Annual administration report of the Civil Veterinary Department of India - 1894-1895
Year: 1894
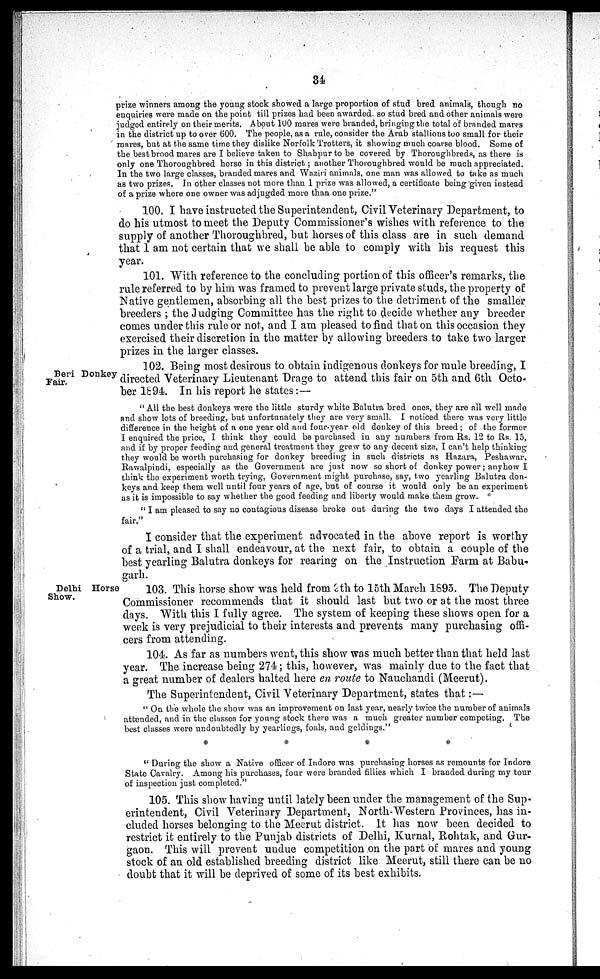
34
prize winners among the young stock showed a large proportion of stud bred animals, though no
enquiries were made on the point till prizes had been awarded. so stud bred and other animals were
judged entirely on their merits. About 100 mares were branded, bringing the total of branded mares
in the district up to over 600. The people, as a rule, consider the Arab stallions too small for their
mares, but at the same time they dislike Norfolk Trotters, it showing much coarse blood. Some of
the best brood mares are I believe taken to Shahpur to be covered by Thoroughbreds, as there is
only one Thoroughbred horse in this district; another Thoroughbred would be much appreciated.
In the two large classes, branded mares and Waziri animals, one man was allowed to take as much
as two prizes. In other classes not more than 1 prize was allowed, a certificate being given instead
of a prize where one owner was adjugded more than one prize."
100. I have instructed the Superintendent, Civil Veterinary Department, to
do his utmost to meet the Deputy Commissioner's wishes with reference to the
supply of another Thoroughbred, but horses of this class are in such demand
that I am not certain that we shall be able to comply with his request this
year.
101. With reference to the concluding portion of this officer's remarks, the
rule referred to by him was framed to prevent large private studs, the property of
Native gentlemen, absorbing all the best prizes to the detriment of the smaller
breeders ; the Judging Committee has the right to decide whether any breeder
comes under this rule or not, and I am pleased to find that on this occasion they
exercised their discretion in the matter by allowing breeders to take two larger
prizes in the larger classes.
Beri Donkey-
Fair.
102. Being most desirous to obtain indigenous donkeys for mule breeding, I
directed Veterinary Lieutenant Drage to attend this fair on 5th and 6th Octo-
ber 1894. In his report he states:—
"All the best donkeys were the little sturdy white Balutra bred ones, they are all well made
and show lots of breeding, but unfortunately they are very small. I noticed there was very little
difference in the height of a one year old and four-year old donkey of this breed ; of the former
I enquired the price, I think they could be purchased in any numbers from Rs. 12 to Rs. 15,
and if by proper feeding and general treatment they grew to any decent size, I can't help thinking
they would be worth purchasing for donkey breeding in such districts as Hazara, Peshawar,
Rawalpindi, especially as the Government are just now so short of donkey power; anyhow I
think the experiment worth trying, Government might purchase, say, two yearling Balutra don-
keys and keep them well until four years of age, but of course it would only be an experiment
as it is impossible to say whether the good feeding and liberty would make them grow.
" I am pleased to say no contagious disease broke out during the two days I attended the
fair."
I consider that the experiment advocated in the above report is worthy
of a trial, and I shall endeavour, at the next fair, to obtain a couple of the
best yearling Balutra donkeys for rearing on the Instruction Farm at Babu-
garh.
Delhi Horse
Show.
103. This horse show was held from 9th to 15th March 1895. The Deputy
Commissioner recommends that it should last but two or at the most three
days. With this I fully agree. The system of keeping these shows open for a
week is very prejudicial to their interests and prevents many purchasing offi-
cers from attending.
104. As far as numbers went, this show was much better than that held last
year. The increase being 274 ; this, however, was mainly due to the fact that
a great number of dealers halted here en route to Nauchandi (Meerut).
The Superintendent, Civil Veterinary Department, states that:—
" On the whole the show was an improvement on last year, nearly twice the number of animals
attended, and in the classes for young stock there was a much greater number competing. The
best classes were undoubtedly by yearlings, foals, and geldings."
*
*
*
*
" During the show a Native officer of Indore was purchasing horses as remounts for Indore
State Cavalry. Among his purchases, four were branded fillies which I branded during my tour
of inspection just completed."
105. This show having until lately been under the management of the Sup-
erintendent, Civil Veterinary Department, North-Western Provinces, has in-
cluded horses belonging to the Meerut district. It has now been decided to
restrict it entirely to the Punjab districts of Delhi, Kurnal, Rohtak, and Gur-
gaon. This will prevent undue competition on the part of mares and young
stock of an old established breeding district like Meerut, still there can be no
doubt that it will be deprived of some of its best exhibits.